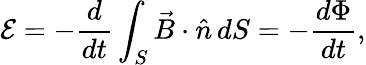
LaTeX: \mathcal E=-\frac{d}{dt}\int_{S}\vec{B}\cdot\hat{n}\, dS=-\frac{d\Phi}{dt},